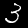
Label: 3